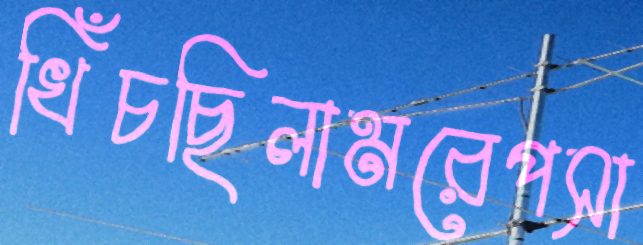
খিঁচছিলামরেপসা